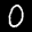
Label: 0